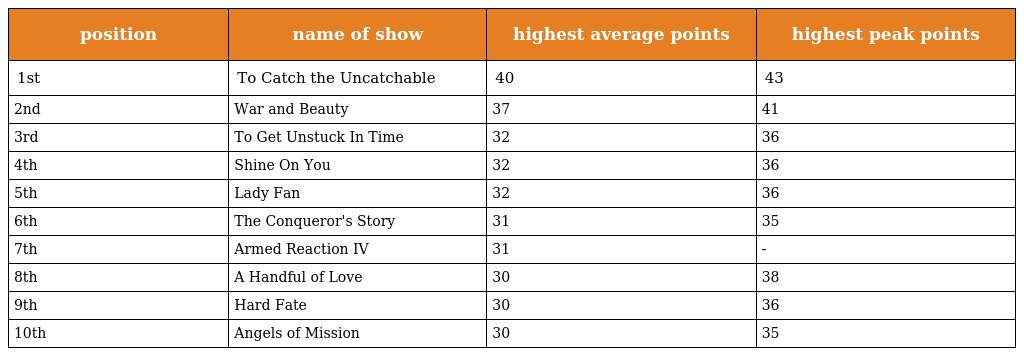
| position | name of show | highest average points | highest peak points |
 | --- | --- | --- | --- |
 | 1st | To Catch the Uncatchable | 40 | 43 |
 | 2nd | War and Beauty | 37 | 41 |
 | 3rd | To Get Unstuck In Time | 32 | 36 |
 | 4th | Shine On You | 32 | 36 |
 | 5th | Lady Fan | 32 | 36 |
 | 6th | The Conqueror's Story | 31 | 35 |
 | 7th | Armed Reaction IV | 31 | - |
 | 8th | A Handful of Love | 30 | 38 |
 | 9th | Hard Fate | 30 | 36 |
 | 10th | Angels of Mission | 30 | 35 |